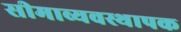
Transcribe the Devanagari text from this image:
सीमाव्यवस्थापक